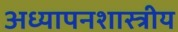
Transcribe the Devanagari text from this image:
अध्यापनशास्त्रीय